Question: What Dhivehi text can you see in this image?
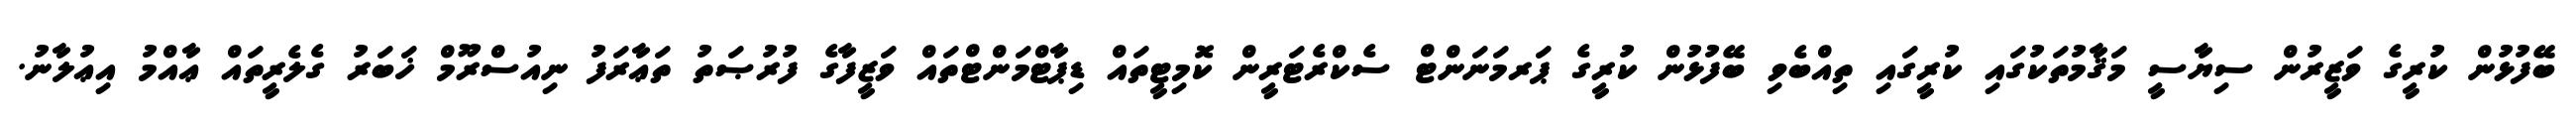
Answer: ބޭފުޅުން ކުރީގެ ވަޒީރުން ސިޔާސީ މަޤާމުތަކުގައި ކުރީގައި ތިއްބެވި ބޭފުޅުން ކުރީގެ ޕަރމަނަންޓް ސެކްރެޓަރީން ކޮމިޓީތައް ޑިޕާޓްމަންޓްތައް ވަޒީފާގެ ފުރުޞަތު ތަޢާރަފު ނިއުސްރޫމް ޚަބަރު ގެލެރީތައް ޢާއްމު އިޢުލާނު.